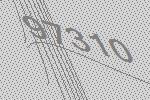
97310